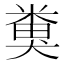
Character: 𥻜